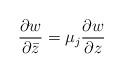
LaTeX: \begin{align*}\frac{\partial w}{\partial\bar{z}}=\mu_j \frac{\partial w}{\partial z}\end{align*}